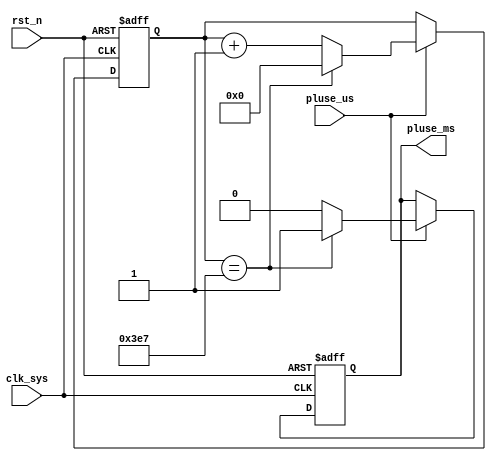
//pluse_ms_gen.v


`define LEN_1MS  10'd999


module pluse_ms_gen(
pluse_ms,
pluse_us,
clk_sys,
rst_n
);
output pluse_ms;
input pluse_us;
input clk_sys;
input rst_n;
//------------------------------------
//------------------------------------

reg [9:0] cnt_us;
always @ (posedge clk_sys or negedge rst_n)	begin
	if(~rst_n)
		cnt_us <= 10'h0;
	else if(pluse_us) begin
		if(cnt_us == `LEN_1MS)
			cnt_us <= 10'h0;
		else 
			cnt_us <= cnt_us + 10'h1;
	end
	else ;
end

reg pluse_ms;
always @ (posedge clk_sys or negedge rst_n)	begin
	if(~rst_n)
		pluse_ms <= 1'b0;
	else if(pluse_us)	begin
		if(cnt_us == `LEN_1MS)
			pluse_ms <= 1'b1;
		else 
			pluse_ms <= 1'b0;
	end
	else ;
end


endmodule